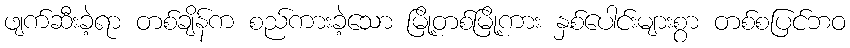
ဖျက်ဆီးခဲ့ရာ တစ်ချိန်က စည်ကားခဲ့သော မြို့တစ်မြို့ကား နှစ်ပေါင်းများစွာ တစ်စပြင်ဘဝ